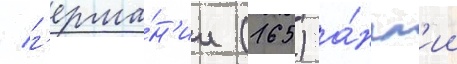
/ г'ерма́н'ии (165) а́нгл'ии